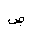
Letter: _sad